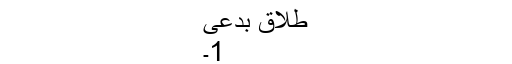
طلاق بدعی
1۔